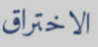
الاختراق